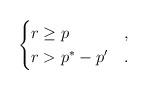
LaTeX: \begin{align*}\begin{cases}r\geq p&,\\r>p^*-p'&.\end{cases}\end{align*}